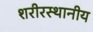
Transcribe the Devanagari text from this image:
शरीरस्थानीय